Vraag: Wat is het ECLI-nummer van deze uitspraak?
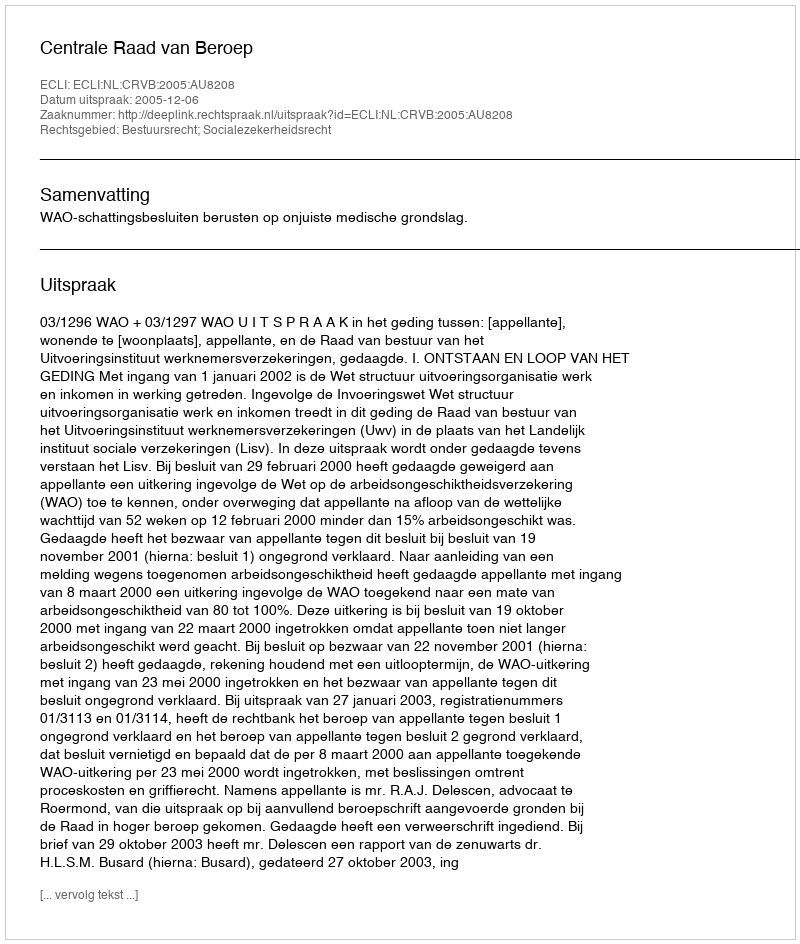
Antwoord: ECLI:NL:CRVB:2005:AU8208